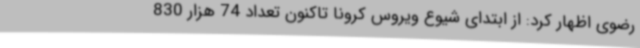
رضوی اظهار کرد: از ابتدای شیوع ویروس کرونا تاکنون تعداد 74 هزار 830